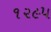
૧૨૯૫